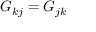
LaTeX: G _ { k j } = G _ { j k }